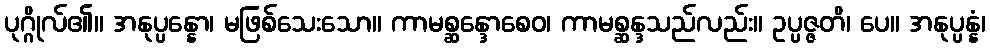
ပုဂ္ဂိုလ်၏။ အနုပ္ပန္နော၊ မဖြစ်သေးသော။ ကာမစ္ဆန္ဒောစေဝ၊ ကာမစ္ဆန္ဒသည်လည်း။ ဥပ္ပဇ္ဇတိ၊ ပေ။ အနုပ္ပန္နံ၊